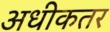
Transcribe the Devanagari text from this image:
अधीकतर